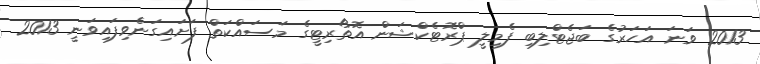
2013 ވަނަ އަހަރުގެ ބަޖެޓްލިބި ފެމިލީ ޕްރޮޓެކްޝަން އޮތޯރިޓީގެ މަސައްކަތް ފަށައިގަނެވިފައިވަނީ 2013